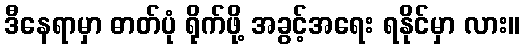
ဒီနေရာမှာ ဓာတ်ပုံ ရိုက်ဖို့ အခွင့်အရေး ရနိုင်မှာ လား။